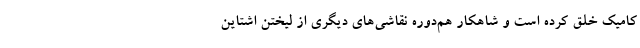
کامیک خلق کرده است و شاهکار هم‌دوره نقاشی‌های دیگری از لیختن اشتاین